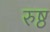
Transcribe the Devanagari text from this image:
रुष्ठ